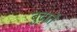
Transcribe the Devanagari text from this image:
बुढ़ाते